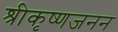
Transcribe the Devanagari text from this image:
श्रीकृष्णजनन